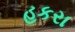
હકરા